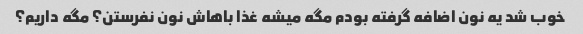
خوب شد یه نون اضافه گرفته بودم مگه میشه غذا باهاش نون نفرستن؟ مگه داریم؟